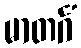
မာတင်္ဂံ